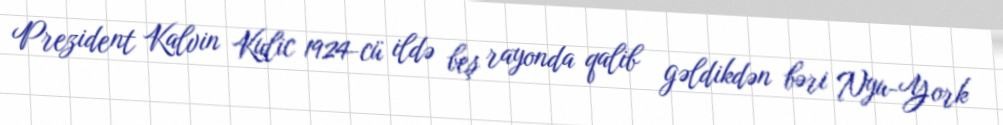
Prezident Kalvin Kulic 1924-cü ildə beş rayonda qalib gəldikdən bəri Nyu-York